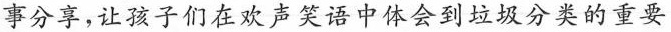
事分享，让弦子们在欢声笑语中体会到垃圾分类的重要